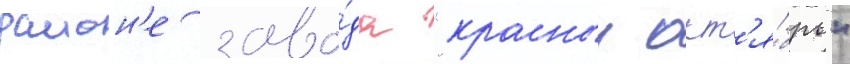
раион'е заво́да "красныи окт'я́брь"